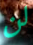
لن